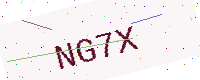
Text: NG7X